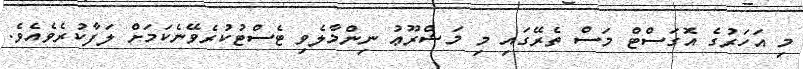
މި އަހަރުގެ އޮގަސްޓް މަސް ތެރޭގައި މި މަޝްރޫޢު ނިންމާލެވި ޓެސްޓުކުރެވޭނެކަމަށް ލަފާކުރެވެއެވެ.